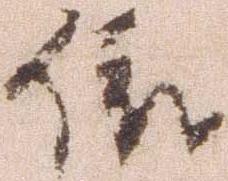
依